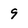
Character: 9